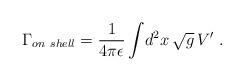
LaTeX: \begin{align*}{\Gamma_{on\ shell}}={1\over4\pi\epsilon}\int\!d^2x\,\sqrt{g}\,V' \ .\end{align*}